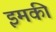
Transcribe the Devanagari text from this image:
इमकी